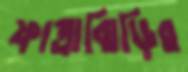
ফাত্রাঝিড়ির